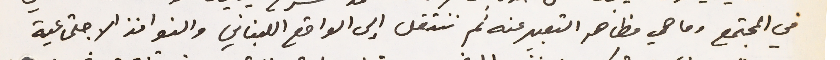
في المجتمع وما هي مظاهر التعبير عنه ثم ننتقل إلى الواقع اللبناني والنوافذ الاجتماعية